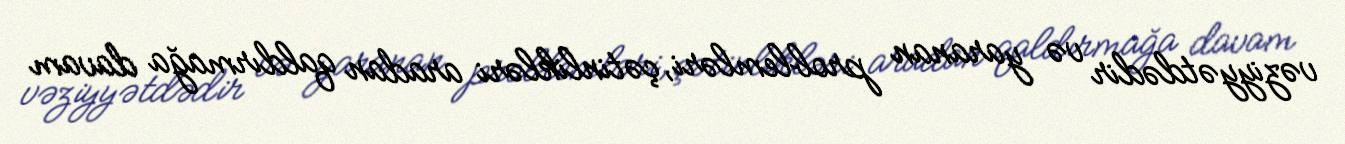
vəziyyətdədir və yaranan problemləri, çətinlikləri aradan qaldırmağa davam